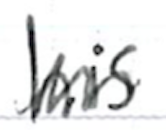
Text: his
Cross-out: zig-zag
Writing tool: ballpoint